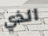
الذي